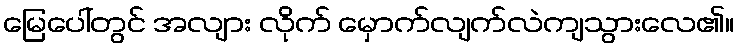
မြေပေါ်တွင် အလျား လိုက် မှောက်လျက်လဲကျသွားလေ၏။